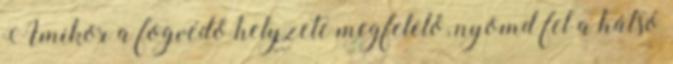
Amikor a fogvédő helyzete megfelelő, nyomd fel a hátsó